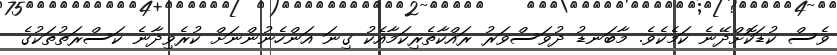
ވެސް ކުޑަކޮށްދޭނެ ކަމެކެވެ. މާބަނޑު ދުވަސްވަރު ރައްކާތެރިކަމާއެކު ގިނަ އަންހެނުންނަށް ކުރެވިދާނެ ކަސްރަތުތަކުގެ